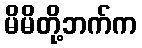
မိမိတို့ဘက်က